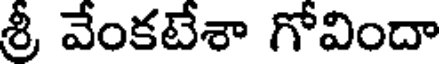
శ్రీ వేంకటేశా గోవిందా